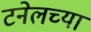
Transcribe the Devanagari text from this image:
टनेलच्या